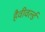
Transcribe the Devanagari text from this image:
हैवीवर्ल्ड